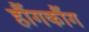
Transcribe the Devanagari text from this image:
हौंगकौंग